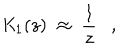
{ \mathit { K } } _ { 1 } ( z ) ~ \approx ~ \frac { 1 } { z } ,